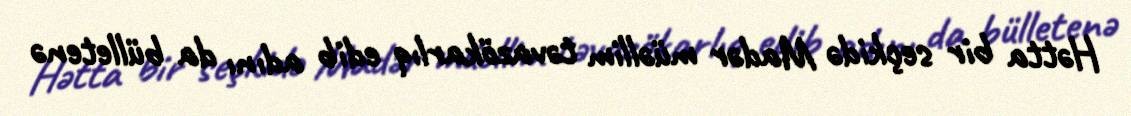
Hətta bir seçkidə Madər müəllim təvazökarlıq edib adını da bülletenə